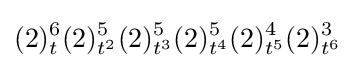
(2)_{t}^{6}(2)_{t^{2}}^{5}(2)_{t^{3}}^{5}(2)_{t^{4}}^{5}(2)_{t^{5}}^{4}(2)_{t^{6}}^{3}